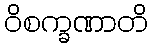
ဝိစက္ခဏာတိ